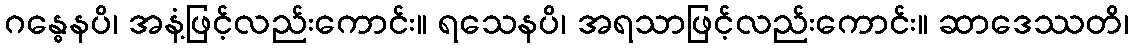
ဂန္ဓေနပိ၊ အနံ့ဖြင့်လည်းကောင်း။ ရသေနပိ၊ အရသာဖြင့်လည်းကောင်း။ ဆာဒေဿတိ၊